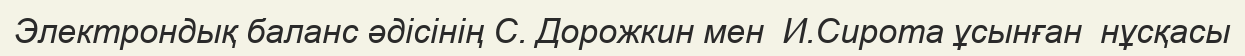
Электрондық баланс әдісінің С. Дорожкин мен  И.Сирота ұсынған  нұсқасы